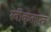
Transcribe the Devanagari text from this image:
स्वीकृतापत्र